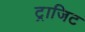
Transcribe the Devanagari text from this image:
ट्राजिट